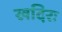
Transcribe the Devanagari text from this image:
खदिरः